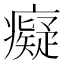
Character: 癡